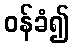
ဝန်ခံ၍